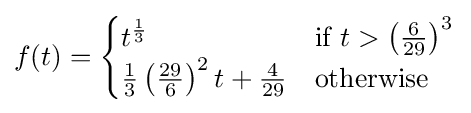
f(t)={\begin{cases}t^{\frac {1}{3}}&{\text{if }}t>\left({\frac {6}{29}}\right)^{3}\\{\frac {1}{3}}\left({\frac {29}{6}}\right)^{2}t+{\frac {4}{29}}&{\text{otherwise}}\end{cases}}